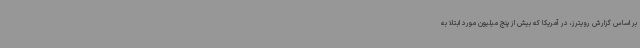
بر اساس گزارش رویترز، در آمریکا که بیش از پنج میلیون مورد ابتلا به